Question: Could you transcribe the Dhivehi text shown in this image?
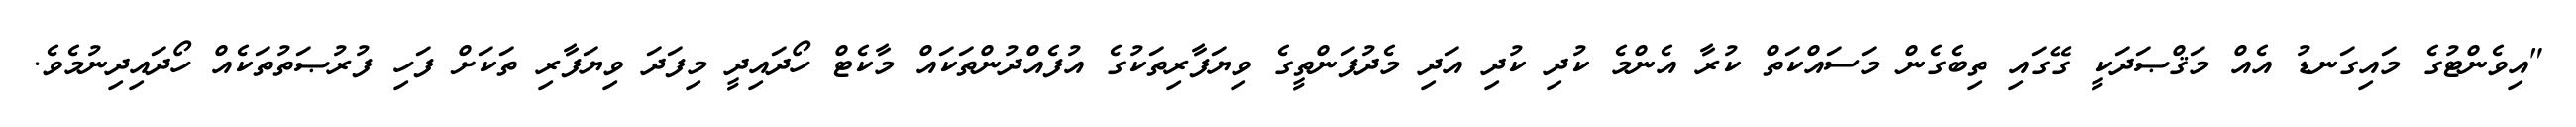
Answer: "އިވެންޓުގެ މައިގަނޑު އެއް މަޤްޞަދަކީ ގޭގައި ތިބެގެން މަސައްކަތް ކުރާ އެންމެ ކުދި ކުދި އަދި މެދުފަންތީގެ ވިޔަފާރިތަކުގެ އުފެއްދުންތަކައް މާކެޓް ހޯދައިދީ މިފަދަ ވިޔަފާރި ތަކަށް ފަހި ފުރުޞަތުތަކެއް ހޯދައިދިނުމެވެ.